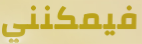
فيمكنني